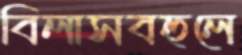
বিলাসবহুলে